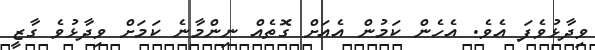
ވިދާޅުވެފަ އެވެ. އެހެން ކަމުން އެއަށް ގޮތެއް ނިންމާނެ ކަމަށް ވިދާޅުވެ ގާޒީ